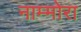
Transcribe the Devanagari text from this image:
नाम्मोरा